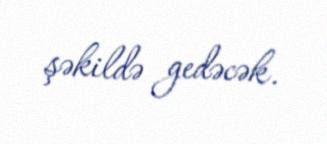
şəkildə gedəcək.